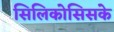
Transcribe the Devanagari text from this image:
सिलिकोसिसके